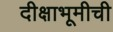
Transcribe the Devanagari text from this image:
दीक्षाभूमीची